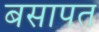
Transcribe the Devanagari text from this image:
बसापत